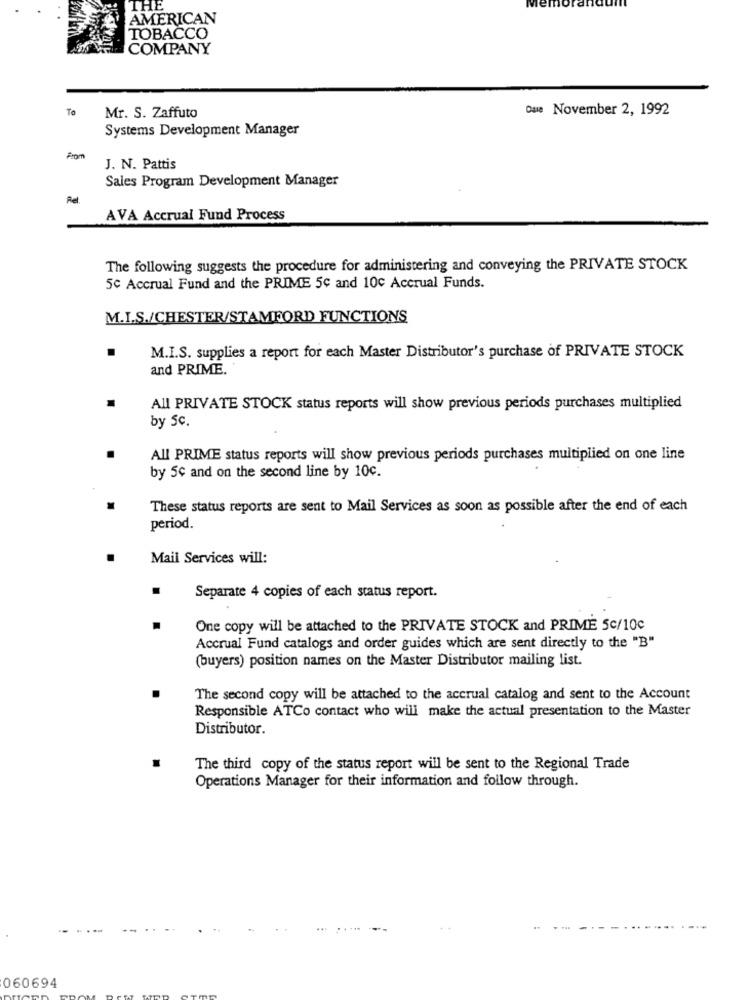
THE
AMERICAN
TOBACCO
COMPANY
To
Que November 2, 1992
Mr. S. Zaffuto
Systems Development Manager
J. N. Pattis
Sales Program Development Manager
Fel
AVA Accrual Fund Process
The following suggests the procedure for administering and conveying the PRIVATE STOCK
5c Accrual Fund and the PRIME 5c and 10c Accrual Funds.
M.I.S./CHESTER/STAMFORD FUNCTIONS
M.I.S. supplies a report for each Master Distributor's purchase of PRIVATE STOCK
and PRIME.
All PRIVATE STOCK status reports will show previous periods purchases multiplied
by Sc.
All PRIME status reports will show previous periods purchases multiplied on one line
by 5c and on the second line by 10c.
These status reports are sent to Mail Services as soon as possible after the end of each
period.
Mail Services will:
Separate 4 copies of each status report.
One copy will be attached to the PRIVATE STOCK and PRIME 5c/10c
Accrual Fund catalogs and order guides which are sent directly to the "B"
(buyers) position names on the Master Distributor mailing list.
The second copy will be attached to the accrual catalog and sent to the Account
Responsible ATCo contact who will make the actual presentation to the Master
Distributor.
The third copy of the status report will be sent to the Regional Trade
Operations Manager for their information and follow through.
060694